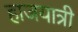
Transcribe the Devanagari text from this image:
हाजयात्री